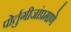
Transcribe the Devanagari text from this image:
पोर्तुगीजांप्रमाणे